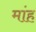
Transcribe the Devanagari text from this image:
मांह